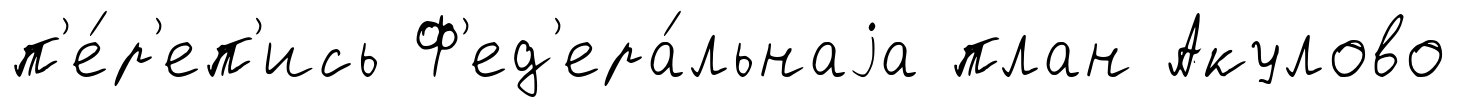
п'е́р'еп'ись Ф'ед'ера́льнаjа план Акулово